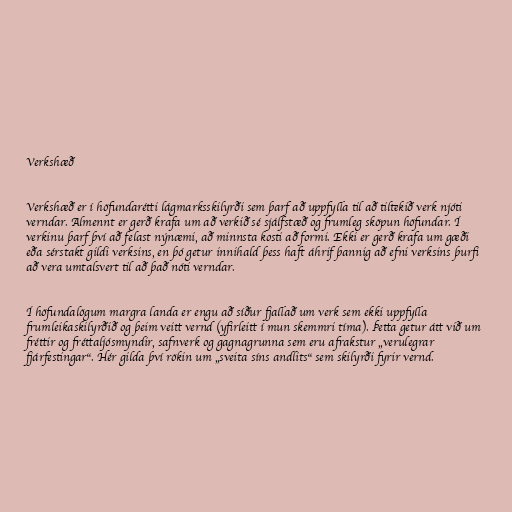
Verkshæð

Verkshæð er í höfundarétti lágmarksskilyrði sem þarf að uppfylla til að tiltekið verk njóti
verndar. Almennt er gerð krafa um að verkið sé sjálfstæð og frumleg sköpun höfundar. Í
verkinu þarf því að felast nýnæmi, að minnsta kosti að formi. Ekki er gerð krafa um gæði
eða sérstakt gildi verksins, en þó getur innihald þess haft áhrif þannig að efni verksins þurfi
að vera umtalsvert til að það nóti verndar.

Í höfundalögum margra landa er engu að síður fjallað um verk sem ekki uppfylla
frumleikaskilyrðið og þeim veitt vernd (yfirleitt í mun skemmri tíma). Þetta getur átt við um
fréttir og fréttaljósmyndir, safnverk og gagnagrunna sem eru afrakstur „verulegrar
fjárfestingar“. Hér gilda því rökin um „sveita síns andlits“ sem skilyrði fyrir vernd.